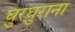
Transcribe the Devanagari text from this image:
घुरघुराना